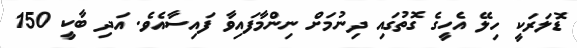
ޑޮލަރަކީ ހިލޭ އެހީގެ ގޮތުގައި ދިނުމަށް ނިންމާފައިވާ ފައިސާއެވެ. އަދި ބާކީ 150